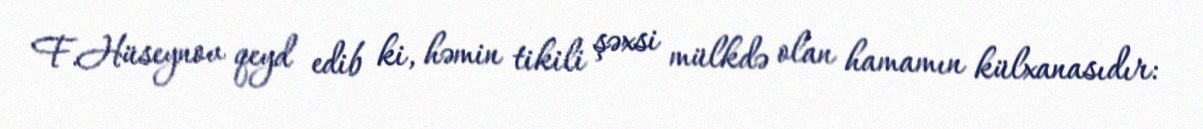
F.Hüseynov qeyd edib ki, həmin tikili şəxsi mülkdə olan hamamın külxanasıdır: